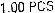
1.00 PCS